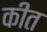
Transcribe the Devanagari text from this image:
कीत